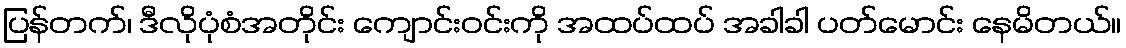
ပြန်တက်၊ ဒီလိုပုံစံအတိုင်း ကျောင်းဝင်းကို အထပ်ထပ် အခါခါ ပတ်မောင်း နေမိတယ်။